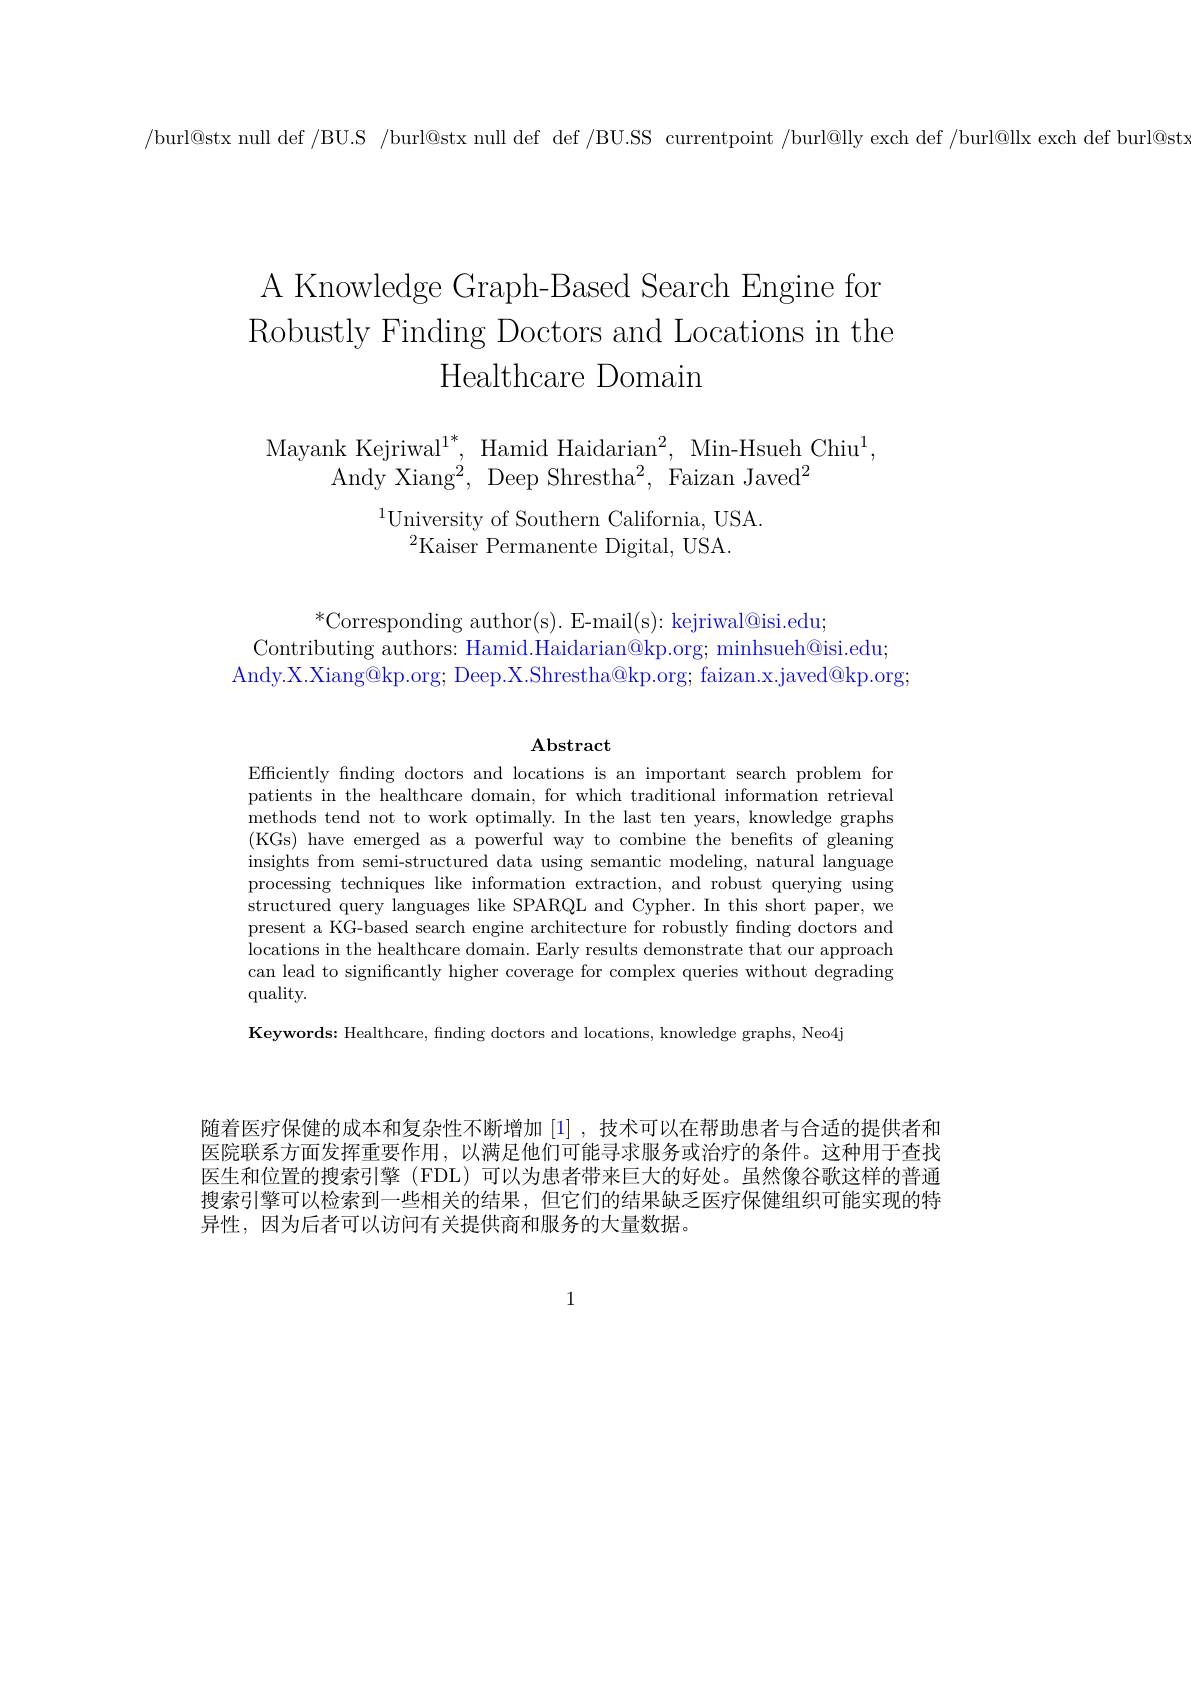
/burl@stx null def /BU.S /burl@stx null def def /BU.SS currentpoint /burl@lly exch def /burl@llx exch def burl@stx

A Knowledge Graph-Based Search Engine for Robustly Finding Doctors and Locations in the
Healthcare Domain

Mayank Kejriwal$^1^*$, Hamid Haidarian$^2$, Min-Hsueh Chiu$^1$,
Andy Xiang$^2$, Deep Shrestha$^2$, Faizan Javed$^2$
$^{1}$University of Southern California, USA.
$^{2}$Kaiser Permanente Digital, USA

$^*$Corresponding author(s). E-mail(s): kejriwal@isi.edu;
Contributing authors: Hamid.Haidarian@kp.org; minhsueh@isi.edu;
Andy.X.Xiang@kp.org; Deep.X.Shrestha@kp.org; faizan.x.javed@kp.org;

$\mathbf{Abstract}$

Efficiently fnding doctors and locations is an important search problem for patients in the healthcare domain, for which traditional information retrieval methods tend not to work optimally. In the last ten years, knowledge graphs (KGs) have emerged as a powerful way to combine the benefits of gleaning insights from semi-structured data using semantic modeling, natural language processing techniques like information extraction, and robust querying using structured query languages like SPARQL and Cypher. In this short paper, we present a KG-based search engine architecture for robustly finding doctors and locations in the healthcare domain. Early results demonstrate that our approach can lead to significantly higher coverage for complex queries without degrading quality.
Keywords: Healthcare, finding doctors and locations, knowledge graphs, Neo4j

随着医疗保健的成本和复杂性不断增加[1],技术可以在帮助患者与合适的提供者和医院联系方面发挥重要作用，以满足他们可能寻求服务或治疗的条件。这种用于查找医生和位置的搜索引擎 (FDL)可以为患者带来巨大的好处。虽然像谷歌这样的普通搜索引擎可以检索到一些相关的结果，但它们的结果缺乏医疗保健组织可能实现的特异性，因为后者可以访问有关提供商和服务的大量数据。

1